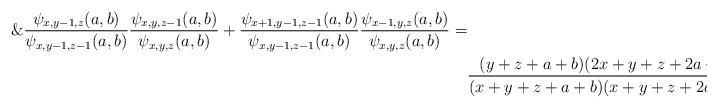
LaTeX: \begin{align*}\&\frac{\psi_{x,y-1,z}(a,b)}{\psi_{x,y-1,z-1}(a,b)}\frac{\psi_{x,y,z-1}(a,b)}{\psi_{x,y,z}(a,b)}+\frac{\psi_{x+1,y-1,z-1}(a,b)}{\psi_{x,y-1,z-1}(a,b)}\frac{\psi_{x-1,y,z}(a,b)}{\psi_{x,y,z}(a,b)}=\\&\frac{(y+z+a+b)(2x+y+z+2a+2b)}{(x+y+z+a+b)(x+y+z+2a+2b)}+\frac{x(x+a+b)}{(x+y+z+a+b)(x+y+z+2a+2b)}=1\end{align*}